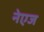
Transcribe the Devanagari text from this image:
नेएज